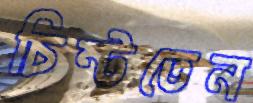
চিম্‌টতেন